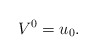
\begin{align*} V^0 = u_0. \end{align*}